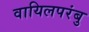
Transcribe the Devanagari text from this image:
वायिलपरंबु